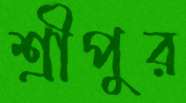
শ্রীপুর